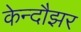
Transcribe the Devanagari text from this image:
केन्दौझर